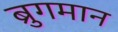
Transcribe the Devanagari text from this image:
ब्रुगमान